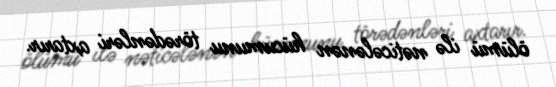
ölümü ilə nəticələnən hücumunu törədənləri axtarır.